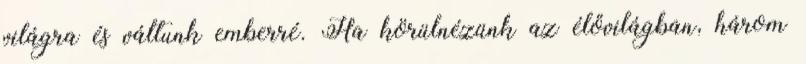
világra és váltunk emberré. Ha körülnézünk az élővilágban, három